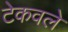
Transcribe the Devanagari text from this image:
टेकवले